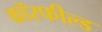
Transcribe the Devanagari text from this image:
कॉरफील्ड